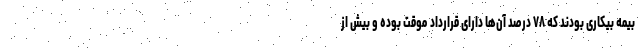
بیمه بیکاری بودند که ۷۸ درصد آن‌ها دارای قرارداد موقت بوده و بیش از